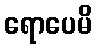
ရောပေမိ